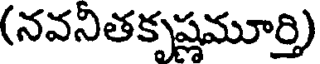
(నవనితకృష్ణమూర్తి)